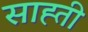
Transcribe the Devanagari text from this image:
साह्ती